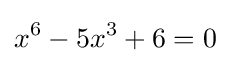
x^{6}-5x^{3}+6=0